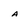
Character: a